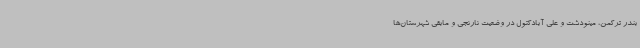
بندر ترکمن، مینودشت و علی آبادکتول در وضعیت نارنجی و مابقی شهرستان‌ها